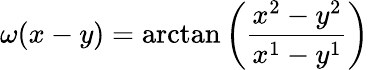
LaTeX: \omega(x-y)=\arctan\left(\frac{x^{2}-y^{2}}{x^{1}-y^{1}}\right)